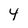
Character: 4